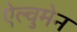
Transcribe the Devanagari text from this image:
ऐल्वुमेन